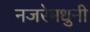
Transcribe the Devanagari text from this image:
नजरेमधुनी